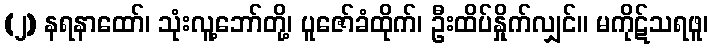
(၂) နရနာထော်၊ သုံးလူ့ဘော်တို့၊ ပူဇော်ခံထိုက်၊ ဦးထိပ်နှိုက်လျှင်။ မကိုဋ်သရဖူ၊